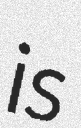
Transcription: is